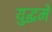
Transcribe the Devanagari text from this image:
युद्धमे